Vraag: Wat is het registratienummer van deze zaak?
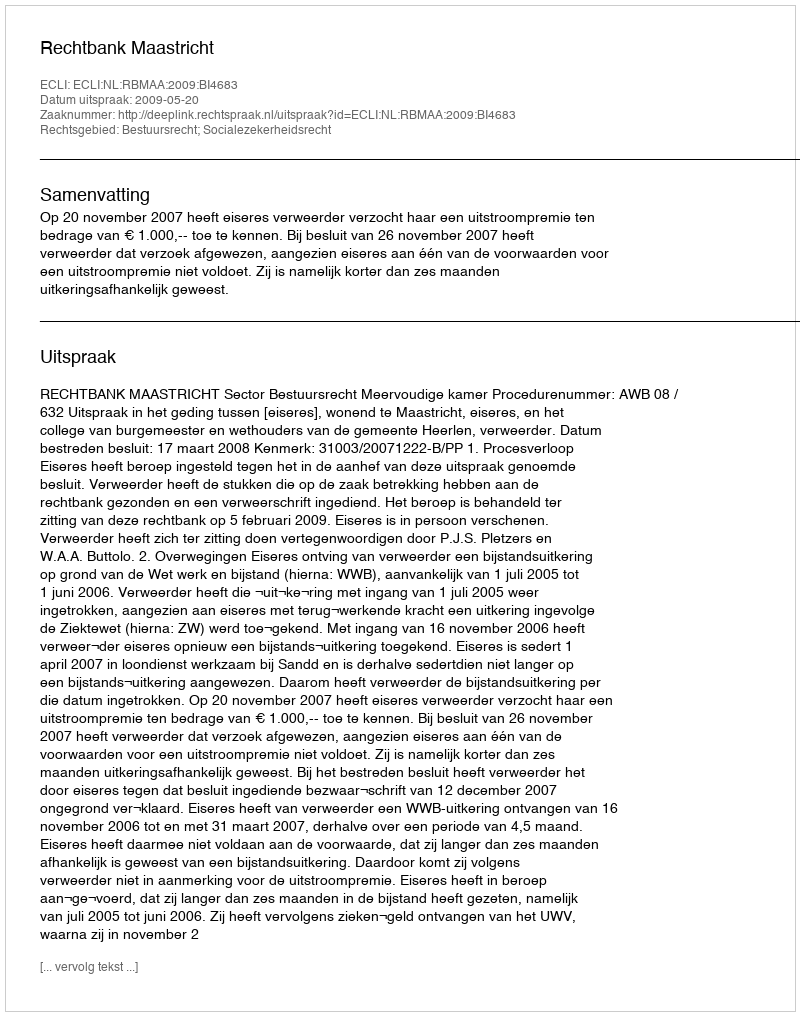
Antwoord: http://deeplink.rechtspraak.nl/uitspraak?id=ECLI:NL:RBMAA:2009:BI4683